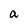
Character: a